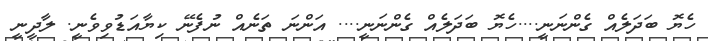
ހެޔޮ ބަދަލެއް ގެންނަނީ....ހެޔޮ ބަދަލެއް ގެންނަނީ.... އަންނަ ތަނެއް ނުފެނޭ ކިޔާއަޑުވިވެނީ. ލާދީނީ